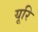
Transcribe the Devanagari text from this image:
यूरि